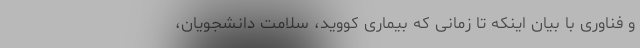
و فناوری با بیان اینکه تا زمانی که بیماری کووید، سلامت دانشجویان،